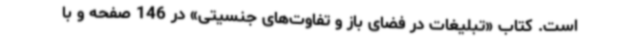
است. کتاب «تبلیغات در فضای باز و تفاوت‌های جنسیتی» در 146 صفحه و با